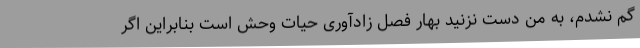
گم نشدم، به من دست نزنید بهار فصل زادآوری حیات وحش است بنابراین اگر